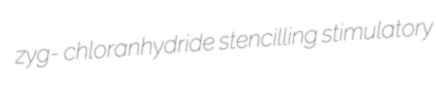
zyg- chloranhydride stencilling stimulatory